Annual report of the Punjab Veterinary College and of the Civil Veterinary Department, Punjab - 1926-1932
Year: 1926
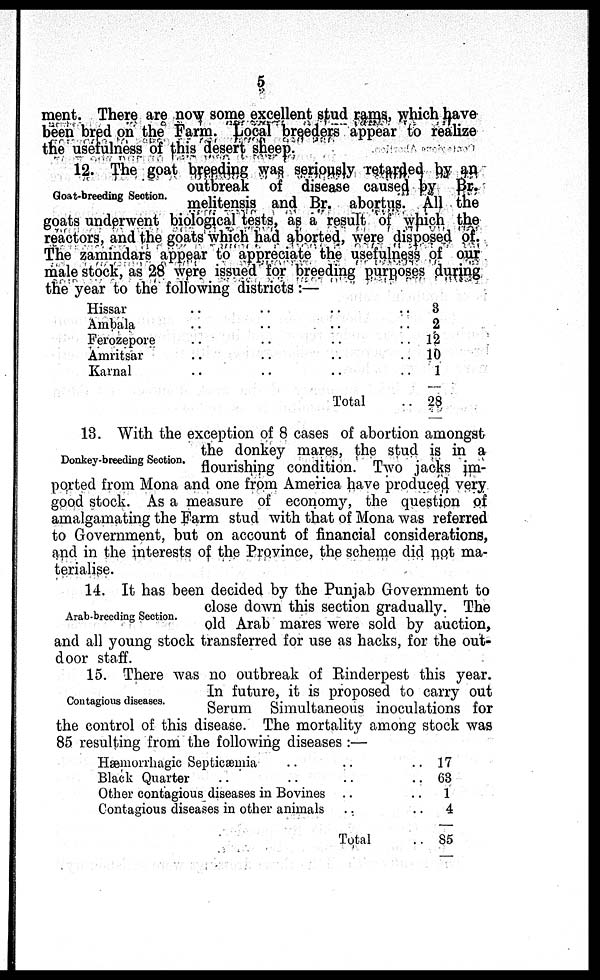
5
ment. There are now some excellent stud rams, which have
been bred on the Farm. Local breeders appear to realize
the usefulness of this desert sheep.
Goat-breeding Section.
12. The goat breeding was seriously retarded by an
outbreak of disease caused by Br.
melitensis and Br. abortus. All the
goats underwent biological tests, as a result of which the
reactors, and the goats which had aborted, were disposed of.
The zamindars appear to appreciate the usefulness of our
male stock, as 28 were issued for breeding purposes during
the year to the following districts:—
Hissar .. .. .. ..
Ambala .. .. .. ..
Ferozepore .. .. .. ..
Amritsar .. .. .. ..
Kamal .. .. .. ..
Total ..
3
2
12
10
1
28
Donkey-breeding Section.
13. With the exception of 8 cases of abortion amongst
the donkey mares, the stud is in a
flourishing condition. Two jacks im-
ported from Mona and one from America have produced very
good stock. As a measure of economy, the question of
amalgamating the Farm stud with that of Mona was referred
to Government, but on account of financial considerations,
and in the interests of the Province, the scheme did not ma-
terialise.
Arab-breeding Section.
14. It has been decided by the Punjab Government to
close down this section gradually. The
old Arab mares were sold by auction,
and all young stock transferred for use as hacks, for the out-
door staff.
Contagions diseases.
15. There was no outbreak of Rinderpest this year.
In future, it is proposed to carry out
Serum Simultaneous inoculations for
the control of this disease. The mortality among stock was
85 resulting from the following diseases:—
Hæmorrhagic Septicæmia .. ..
Black Quarter .. ..
Other contagious diseases in Bovines .. ..
Contagious diseases in other animals .. ..
Total ..
17
63
1
4
85